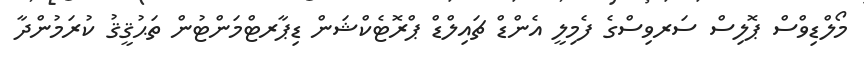
މޯލްޑިވްސް ޕޮލިސް ސަރވިސްގެ ފެމިލީ އެންޑް ޗައިލްޑް ޕްރޮޓެކްޝަން ޑިޕާރޓްމަންޓުން ތަޙުޤީޤު ކުރަމުންދާ